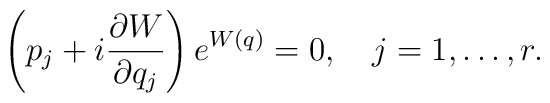
\left(p_j+i{\partial W\over{\partial   q_j}}\right)e^{W(q)}=0,\quad  j=1,\ldots,r.